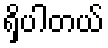
ရှိပါတယ်